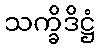
သက္ခိဒိဋ္ဌံ